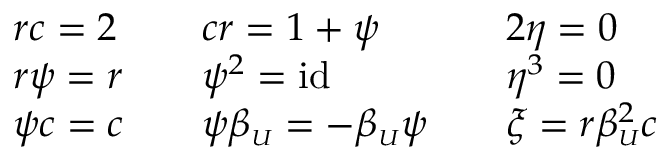
\begin{array} { r l r l r l } & { r c = 2 } & & { c r = 1 + \psi } & & { 2 \eta = 0 } \\ & { r \psi = r } & & { \psi ^ { 2 } = \mathrm { i d } \, } & & { \eta ^ { 3 } = 0 } \\ & { \psi c = c } & & { \psi \beta _ { \scriptscriptstyle U } = - \beta _ { \scriptscriptstyle U } \psi } & & { \xi = r \beta _ { \scriptscriptstyle U } ^ { 2 } c } \end{array}